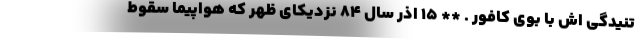
تنیدگی اش با بوی کافور . ** ۱۵ اذر سال ۸۴ نزدیکای ظهر که هواپیما سقوط